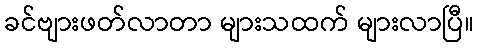
ခင်ဗျားဖတ်လာတာ များသထက် များလာပြီ။